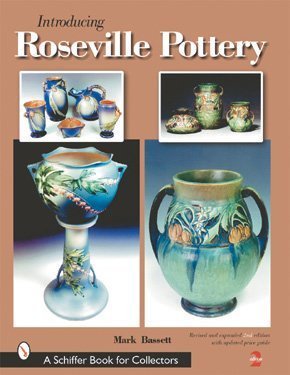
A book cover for Introducing Roseville Pottery (A Schiffer Book for Collectors); Mark T. Bassett; Crafts, Hobbies & Home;